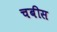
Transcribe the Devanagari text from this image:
चबीस